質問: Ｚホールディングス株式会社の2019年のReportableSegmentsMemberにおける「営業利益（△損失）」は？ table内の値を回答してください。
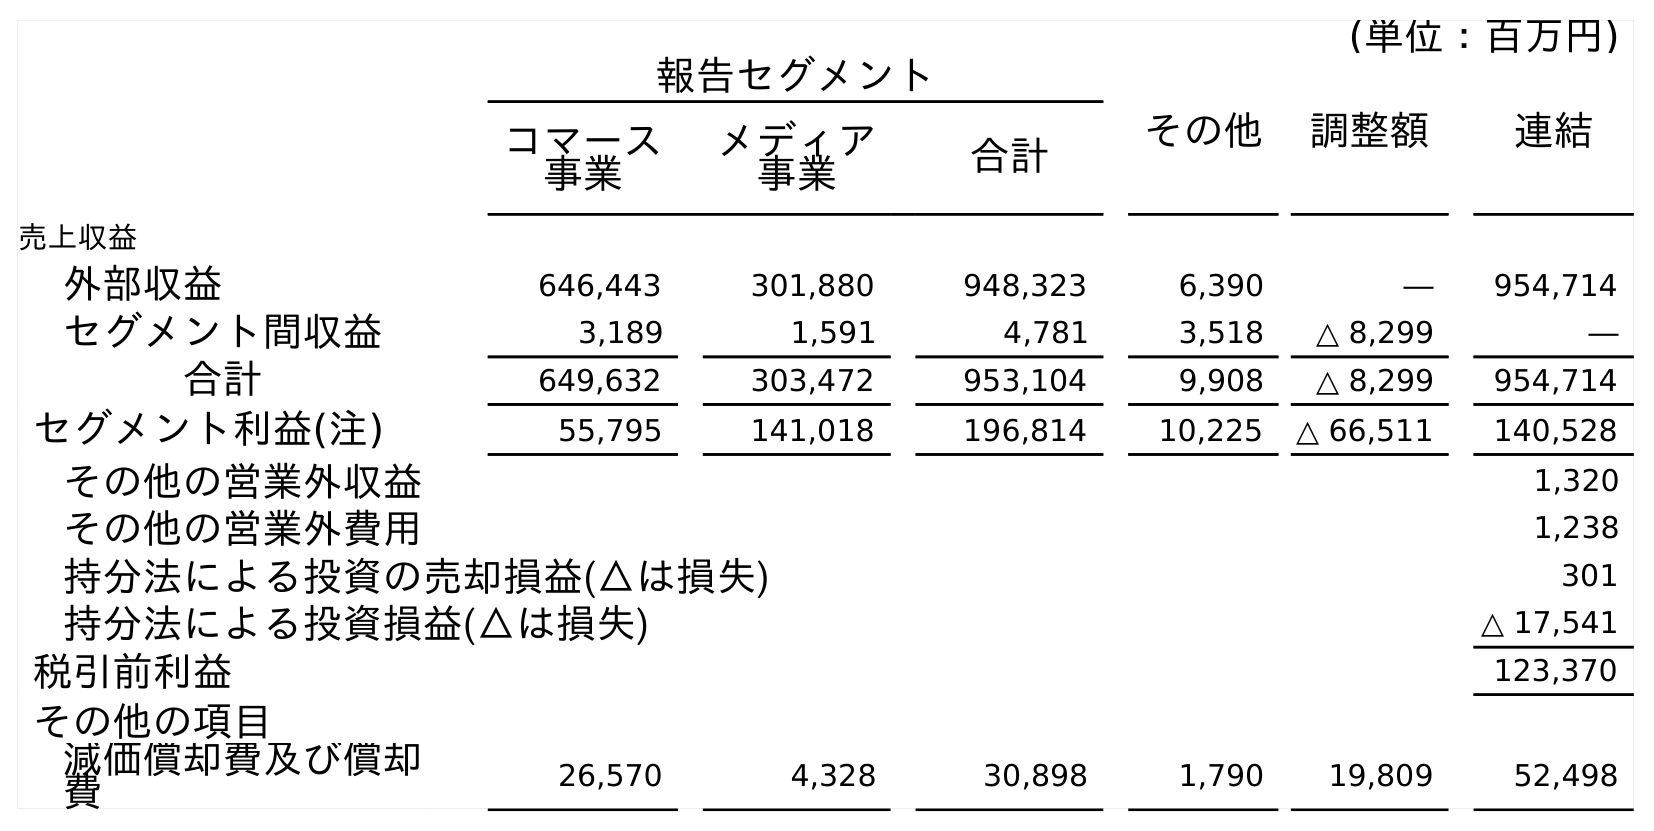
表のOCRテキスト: (単位：百万円) 報告セグメント その他 調整額 連結 コマース 事業 メディア 事業 合計 売上収益 外部収益 646,443 301,880 948,323 6,390 ― 954,714 セグメント間収益 3,189 1,591 4,781 3,518 △ 8,299 ― 合計 649,632 303,472 953,104 9,908 △ 8,299 954,714 セグメント利益(注) 55,795 141,018 196,814 10,225 △ 66,511 140,528 その他の営業外収益 1,320 その他の営業外費用 1,238 持分法による投資の売却損益(△は損失) 301 持分法による投資損益(△は損失) △ 17,541 税引前利益 123,370 その他の項目 減価償却費及び償却 費 26,570 4,328 30,898 1,790 19,809 52,498
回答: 196,814